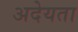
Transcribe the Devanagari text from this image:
अदेयता